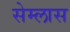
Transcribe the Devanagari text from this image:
सेम्लास